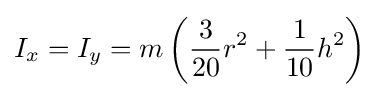
I_{x}=I_{y}=m\left({\frac {3}{20}}r^{2}+{\frac {1}{10}}h^{2}\right)\,\!